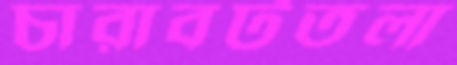
চারাবটতলা